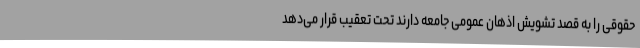
حقوقی را به قصد تشویش اذهان عمومی جامعه دارند تحت تعقیب قرار می‌دهد